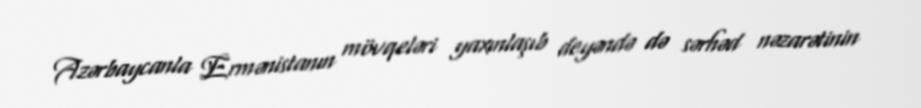
Azərbaycanla Ermənistanın mövqeləri yaxınlaşıb deyəndə də sərhəd nəzarətinin